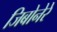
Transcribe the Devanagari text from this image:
जिबोनेरे